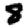
Digit: 8